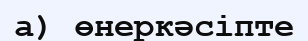
a) өнеркәсіпте